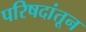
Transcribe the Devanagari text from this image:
परिषदांतून